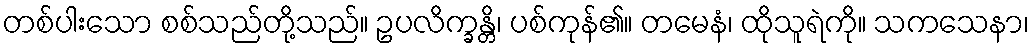
တစ်ပါးသော စစ်သည်တို့သည်။ ဥပလိက္ခန္တိ၊ ပစ်ကုန်၏။ တမေနံ၊ ထိုသူရဲကို။ သကသေနာ၊